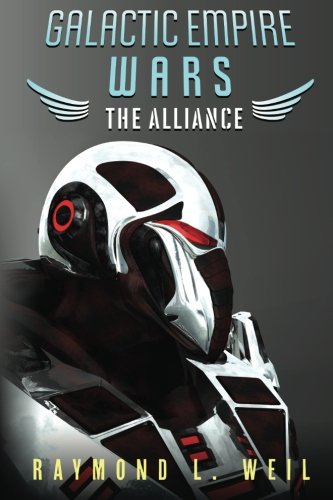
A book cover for Galactic Empire Wars: The Alliance (The Galactic Empire Wars) (Volume 4); Raymond L. Weil; Science Fiction & Fantasy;